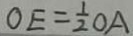
O E = \frac { 1 } { 2 } O A